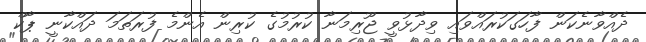
ދެއްވާނެކަން ފާހަގަކުރައްވައި ވިދާޅުވީ ޖޫރިމަނާ ކުރުމުގެ ކުރިން އެންމެ ފުރަތަމަ ދައްކާނީ ޕާކް